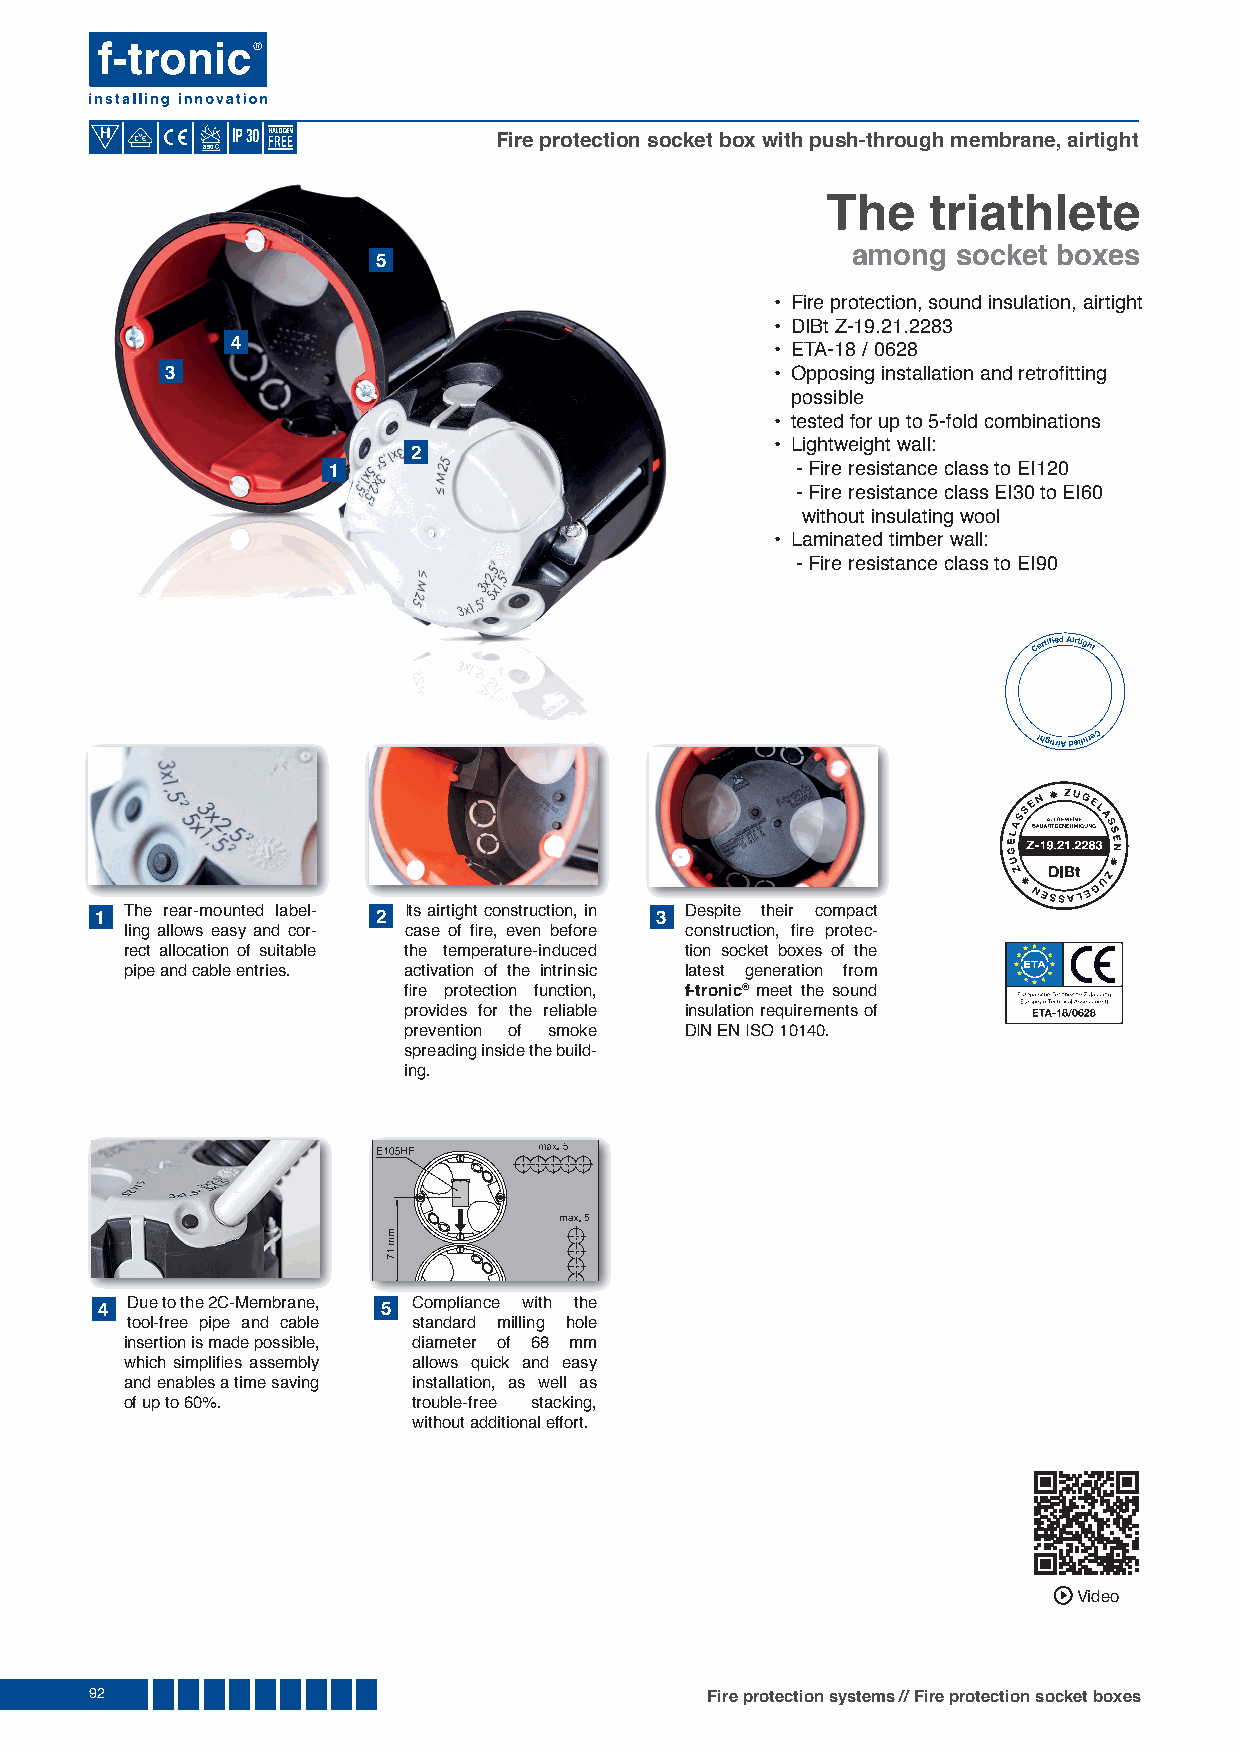
Fire protection socket box with push-through membrane, airtight
 850
 The   triathlete
 among  socket boxes
 5
 • Fire protection, sound insulation, airtight
 • DIBt Z-19.21.2283
 4
 • ETA-18 / 0628
 3                                       • Opposing installation and retrofi tting
 possible
 • tested for up to 5-fold combinations
 • Lightweight wall:
 2
 1                              - Fire resistance class to EI120
 - Fire resistance class EI30 to EI60
 without insulating wool
 • Laminated timber wall:
 - Fire resistance class to EI90
 The rear-mounted label- Its airtight construction, in Despite their compact
 1                  2                 3
 ling allows easy and cor- case of fi re, even before construction, fi re protec-
 rect allocation of suitable the temperature-induced tion socket boxes of the
 pipe and cable entries. activation of the intrinsic latest generation from
 fi re protection function, f-tronic® meet the sound
 provides for the reliable insulation requirements of
 prevention of smoke DIN EN ISO 10140.
 spreading inside the build-
 ing.
 4 Due to the 2C-Membrane, 5 CCoommpplliiaannccee wwiitthh tthhee
 tool-free pipe and cable standard milling hole
 insertion is made possible, diameter of 68 mm
 which simplifi es assembly allows quick and easy
 and enables a time saving installation, as well as
 of up to 60%.      trouble-free stacking,
 without additional effort.
 Video
 92                                       Fire protection systems // Fire protection socket boxes